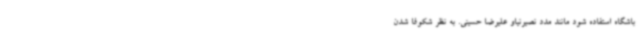
باشگاه استفاده شود مانند مدد نصیرنیاو علیرضا حسینی. به نظر شکوفا شدن